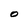
Character: O